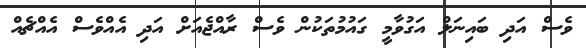
ވެސް އަދި ބައިނަލް އަގުވާމީ ގައުމުތަކުން ވެސް ރާއްޖެއަށް އަދި އެއްވެސް އެއްޗެއް